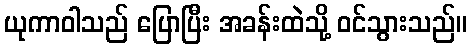
ယုကာဝါသည် ပြောပြီး အခန်းထဲသို့ ဝင်သွားသည်။